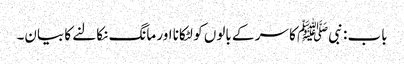
باب : نبیﷺ کا سر کے بالوں کو لٹکانا اور مانگ نکالنے کا بیان۔